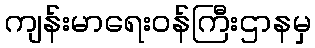
ကျန်းမာရေးဝန်ကြီးဌာနမှ